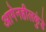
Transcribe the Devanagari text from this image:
आगेनहीलकुंडे